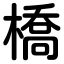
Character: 橋